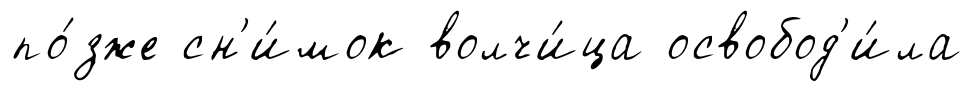
по́зже сн'и́мок волчи́ца освобод'и́ла